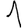
Digit: 1